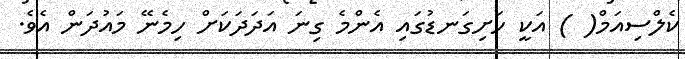
ކެލްސިއަމް( ) އަކީ ހަށިގަނޑުގައި އެންމެ ގިނަ އަދަދަކަށް ހިމެނޭ މައުދަން އެވެ.